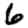
Digit: 6